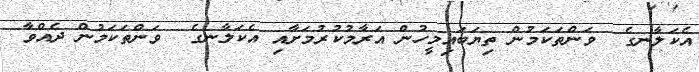
އެކަލާނގެ  ވަންތަކަމުން ތިޔަބައިމީހުން އަރާމުކުރުމަށާއި އެކަލާނގެ  ވަންތަކަމުން ދެއްވާ